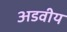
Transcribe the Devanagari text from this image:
अडवीय